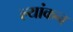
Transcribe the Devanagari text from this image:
ल्यांकन